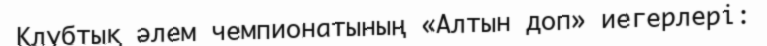
Клубтық әлем чемпионатының «Алтын доп» иегерлері: